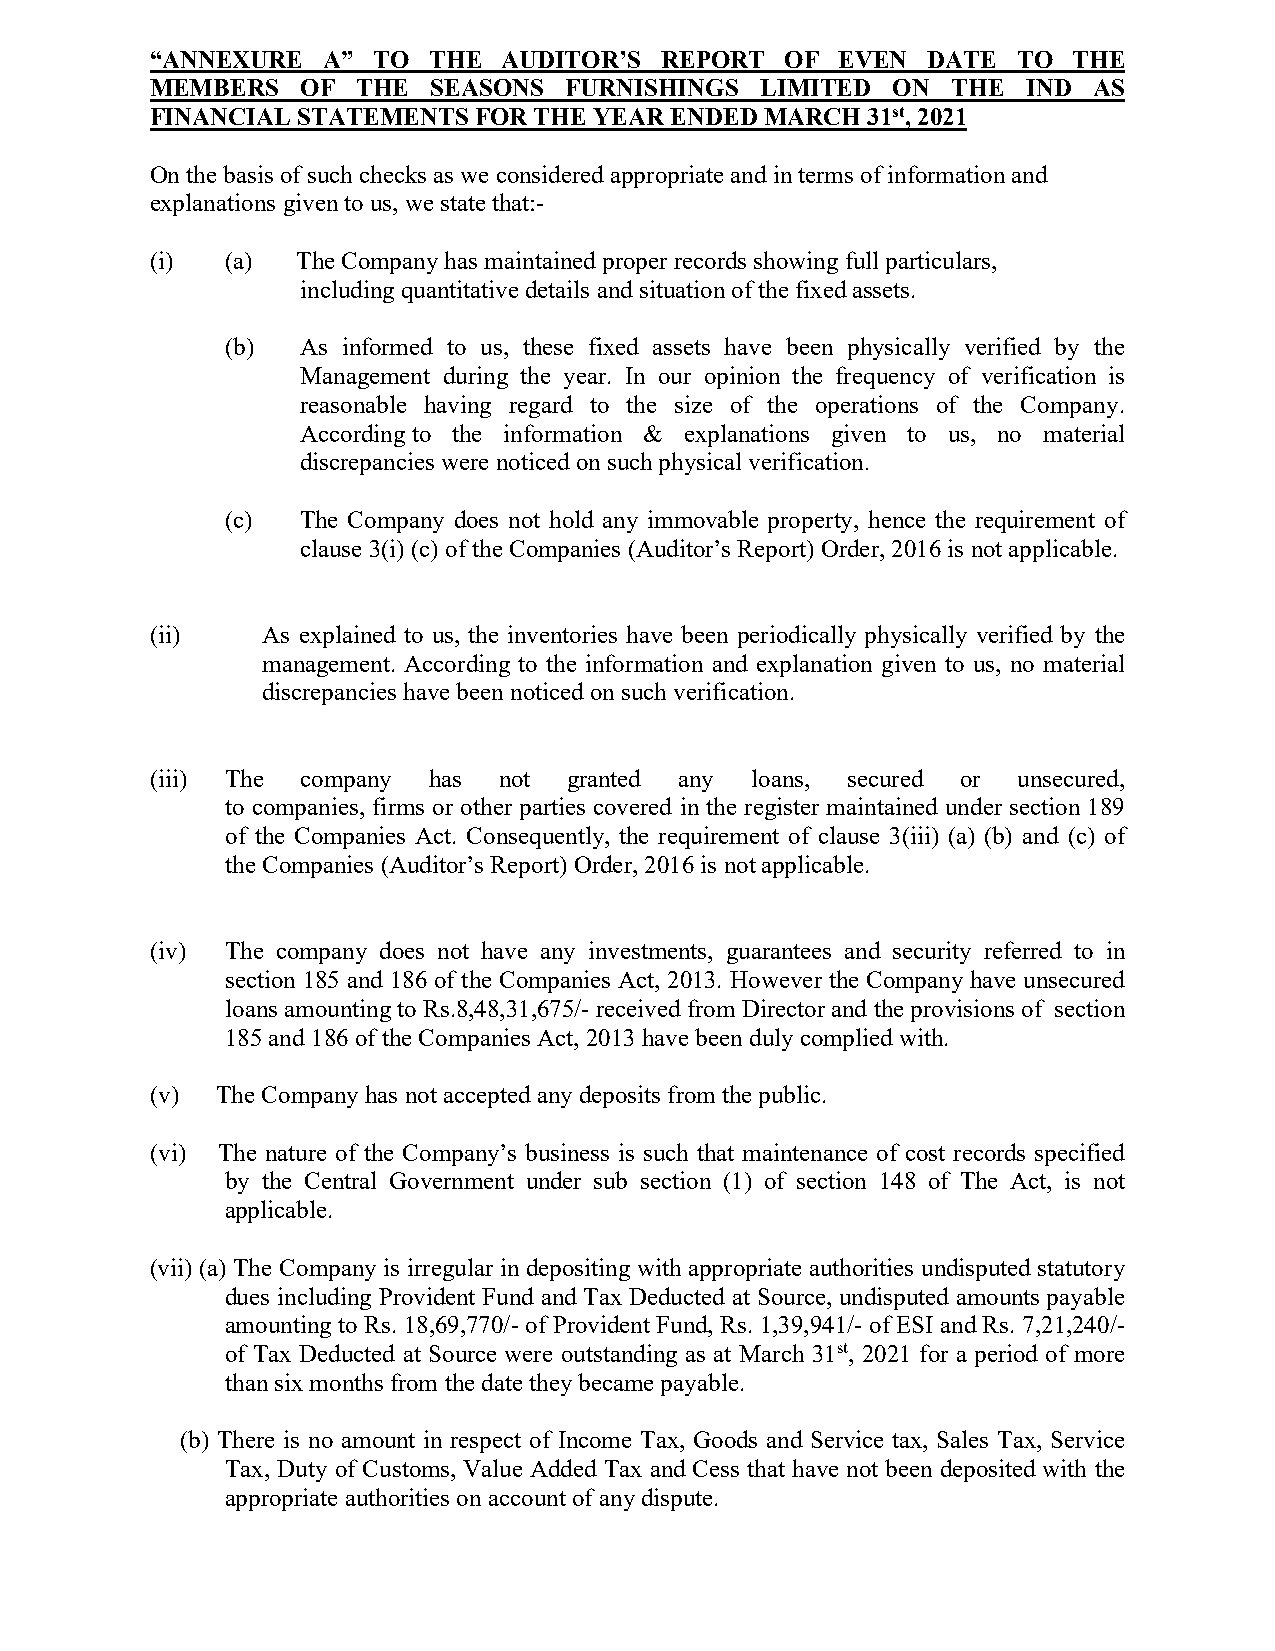
“ANNEXURE  A”  TO THE  AUDITOR’S  REPORT  OF  EVEN DATE  TO  THE
 MEMBERS   OF  THE  SEASONS FURNISHINGS  LIMITED  ON  THE  IND AS
 FINANCIAL STATEMENTS FOR THE YEAR ENDED  MARCH 31st, 2021
 On the basis of such checks as we considered appropriate and in terms of information and
 explanations given to us, we state that:-
 (i)  (a)  The Company has maintained proper records showing full particulars,
 including quantitative details and situation of the fixed assets.
 (b)  As informed to us, these fixed assets have been physically verified by the
 Management during the year. In our opinion the frequency of verification is
 reasonable having regard to the size of the operations of the Company.
 According to the information & explanations given to us, no material
 discrepancies were noticed on such physical verification.
 (c)  The Company does not hold any immovable property, hence the requirement of
 clause 3(i) (c) of the Companies (Auditor’s Report) Order, 2016 is not applicable.
 (ii)   As explained to us, the inventories have been periodically physically verified by the
 management. According to the information and explanation given to us, no material
 discrepancies have been noticed on such verification.
 (iii) The company has  not  granted any loans, secured or unsecured,
 to companies, firms or other parties covered in the register maintained under section 189
 of the Companies Act. Consequently, the requirement of clause 3(iii) (a) (b) and (c) of
 the Companies (Auditor’s Report) Order, 2016 is not applicable.
 (iv) The company does not have any investments, guarantees and security referred to in
 section 185 and 186 of the Companies Act, 2013. However the Company have unsecured
 loans amounting to Rs.8,48,31,675/- received from Director and the provisions of section
 185 and 186 of the Companies Act, 2013 have been duly complied with.
 (v) The Company has not accepted any deposits from the public.
 (vi) The nature of the Company’s business is such that maintenance of cost records specified
 by the Central Government under sub section (1) of section 148 of The Act, is not
 applicable.
 (vii) (a) The Company is irregular in depositing with appropriate authorities undisputed statutory
 dues including Provident Fund and Tax Deducted at Source, undisputed amounts payable
 amounting to Rs. 18,69,770/- of Provident Fund, Rs. 1,39,941/- of ESI and Rs. 7,21,240/-
 of Tax Deducted at Source were outstanding as at March 31st, 2021 for a period of more
 than six months from the date they became payable.
 (b) There is no amount in respect of Income Tax, Goods and Service tax, Sales Tax, Service
 Tax, Duty of Customs, Value Added Tax and Cess that have not been deposited with the
 appropriate authorities on account of any dispute.